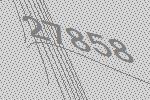
27858